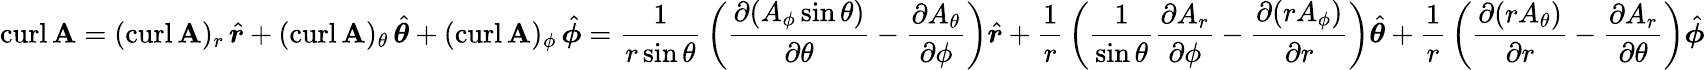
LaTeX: \operatorname{curl}\mathbf{A}=(\operatorname{curl}\mathbf{A})_{r}\, {\hat{\boldsymbol{r}}}+(\operatorname{curl}\mathbf{A})_{\theta}\, {\hat{\boldsymbol{\theta}}}+(\operatorname{curl}\mathbf{A})_{\phi}\, {\hat{\boldsymbol{\phi}}}={\frac{1}{r\sin\theta}}\left({\frac{\partial(A_{\phi}\sin\theta)}{\partial\theta}}-{\frac{\partial A_{\theta}}{\partial\phi}}\right){\hat{\boldsymbol{r}}}+{\frac{1}{r}}\left({\frac{1}{\sin\theta}}{\frac{\partial A_{r}}{\partial\phi}}-{\frac{\partial(rA_{\phi})}{\partial r}}\right){\hat{\boldsymbol{\theta}}}+{\frac{1}{r}}\left({\frac{\partial(rA_{\theta})}{\partial r}}-{\frac{\partial A_{r}}{\partial\theta}}\right){\hat{\boldsymbol{\phi}}}